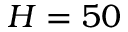
H = 5 0